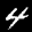
Label: 4